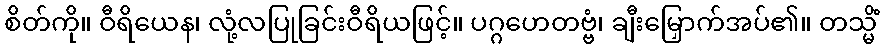
စိတ်ကို။ ဝီရိယေန၊ လုံ့လပြုခြင်းဝီရိယဖြင့်။ ပဂ္ဂဟေတဗ္ဗံ၊ ချီးမြှောက်အပ်၏။ တသ္မိံ